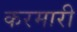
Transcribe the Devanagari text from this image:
करमारी